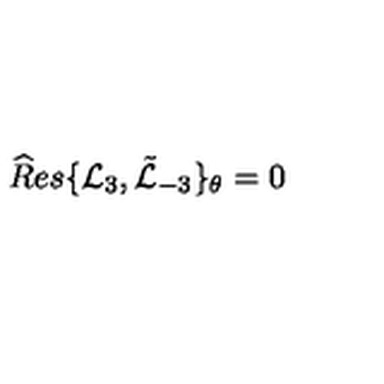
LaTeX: { \widehat R e s } \{ { \mathcal L } _ { 3 } , \tilde { \mathcal L } _ { - 3 } \} _ { \theta } = 0